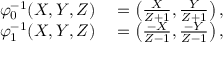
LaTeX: \begin{array} { r l } { \varphi _ { 0 } ^ { - 1 } ( X , Y , Z ) } & { { } = \left( { \frac { X } { Z + 1 } } , { \frac { Y } { Z + 1 } } \right) , } \\ { \varphi _ { 1 } ^ { - 1 } ( X , Y , Z ) } & { { } = \left( { \frac { - X } { Z - 1 } } , { \frac { - Y } { Z - 1 } } \right) , } \end{array}